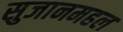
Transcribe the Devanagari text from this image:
सुजानमहल